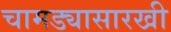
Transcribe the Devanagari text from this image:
चामड्यासारखी